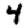
Digit: 4